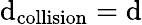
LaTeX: \mathrm{d}_{\mathrm{{collision}}}=\mathrm{d}